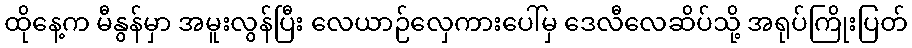
ထိုနေ့က မီနွန်မှာ အမူးလွန်ပြီး လေယာဉ်လှေကားပေါ်မှ ဒေလီလေဆိပ်သို့ အရုပ်ကြိုးပြတ်